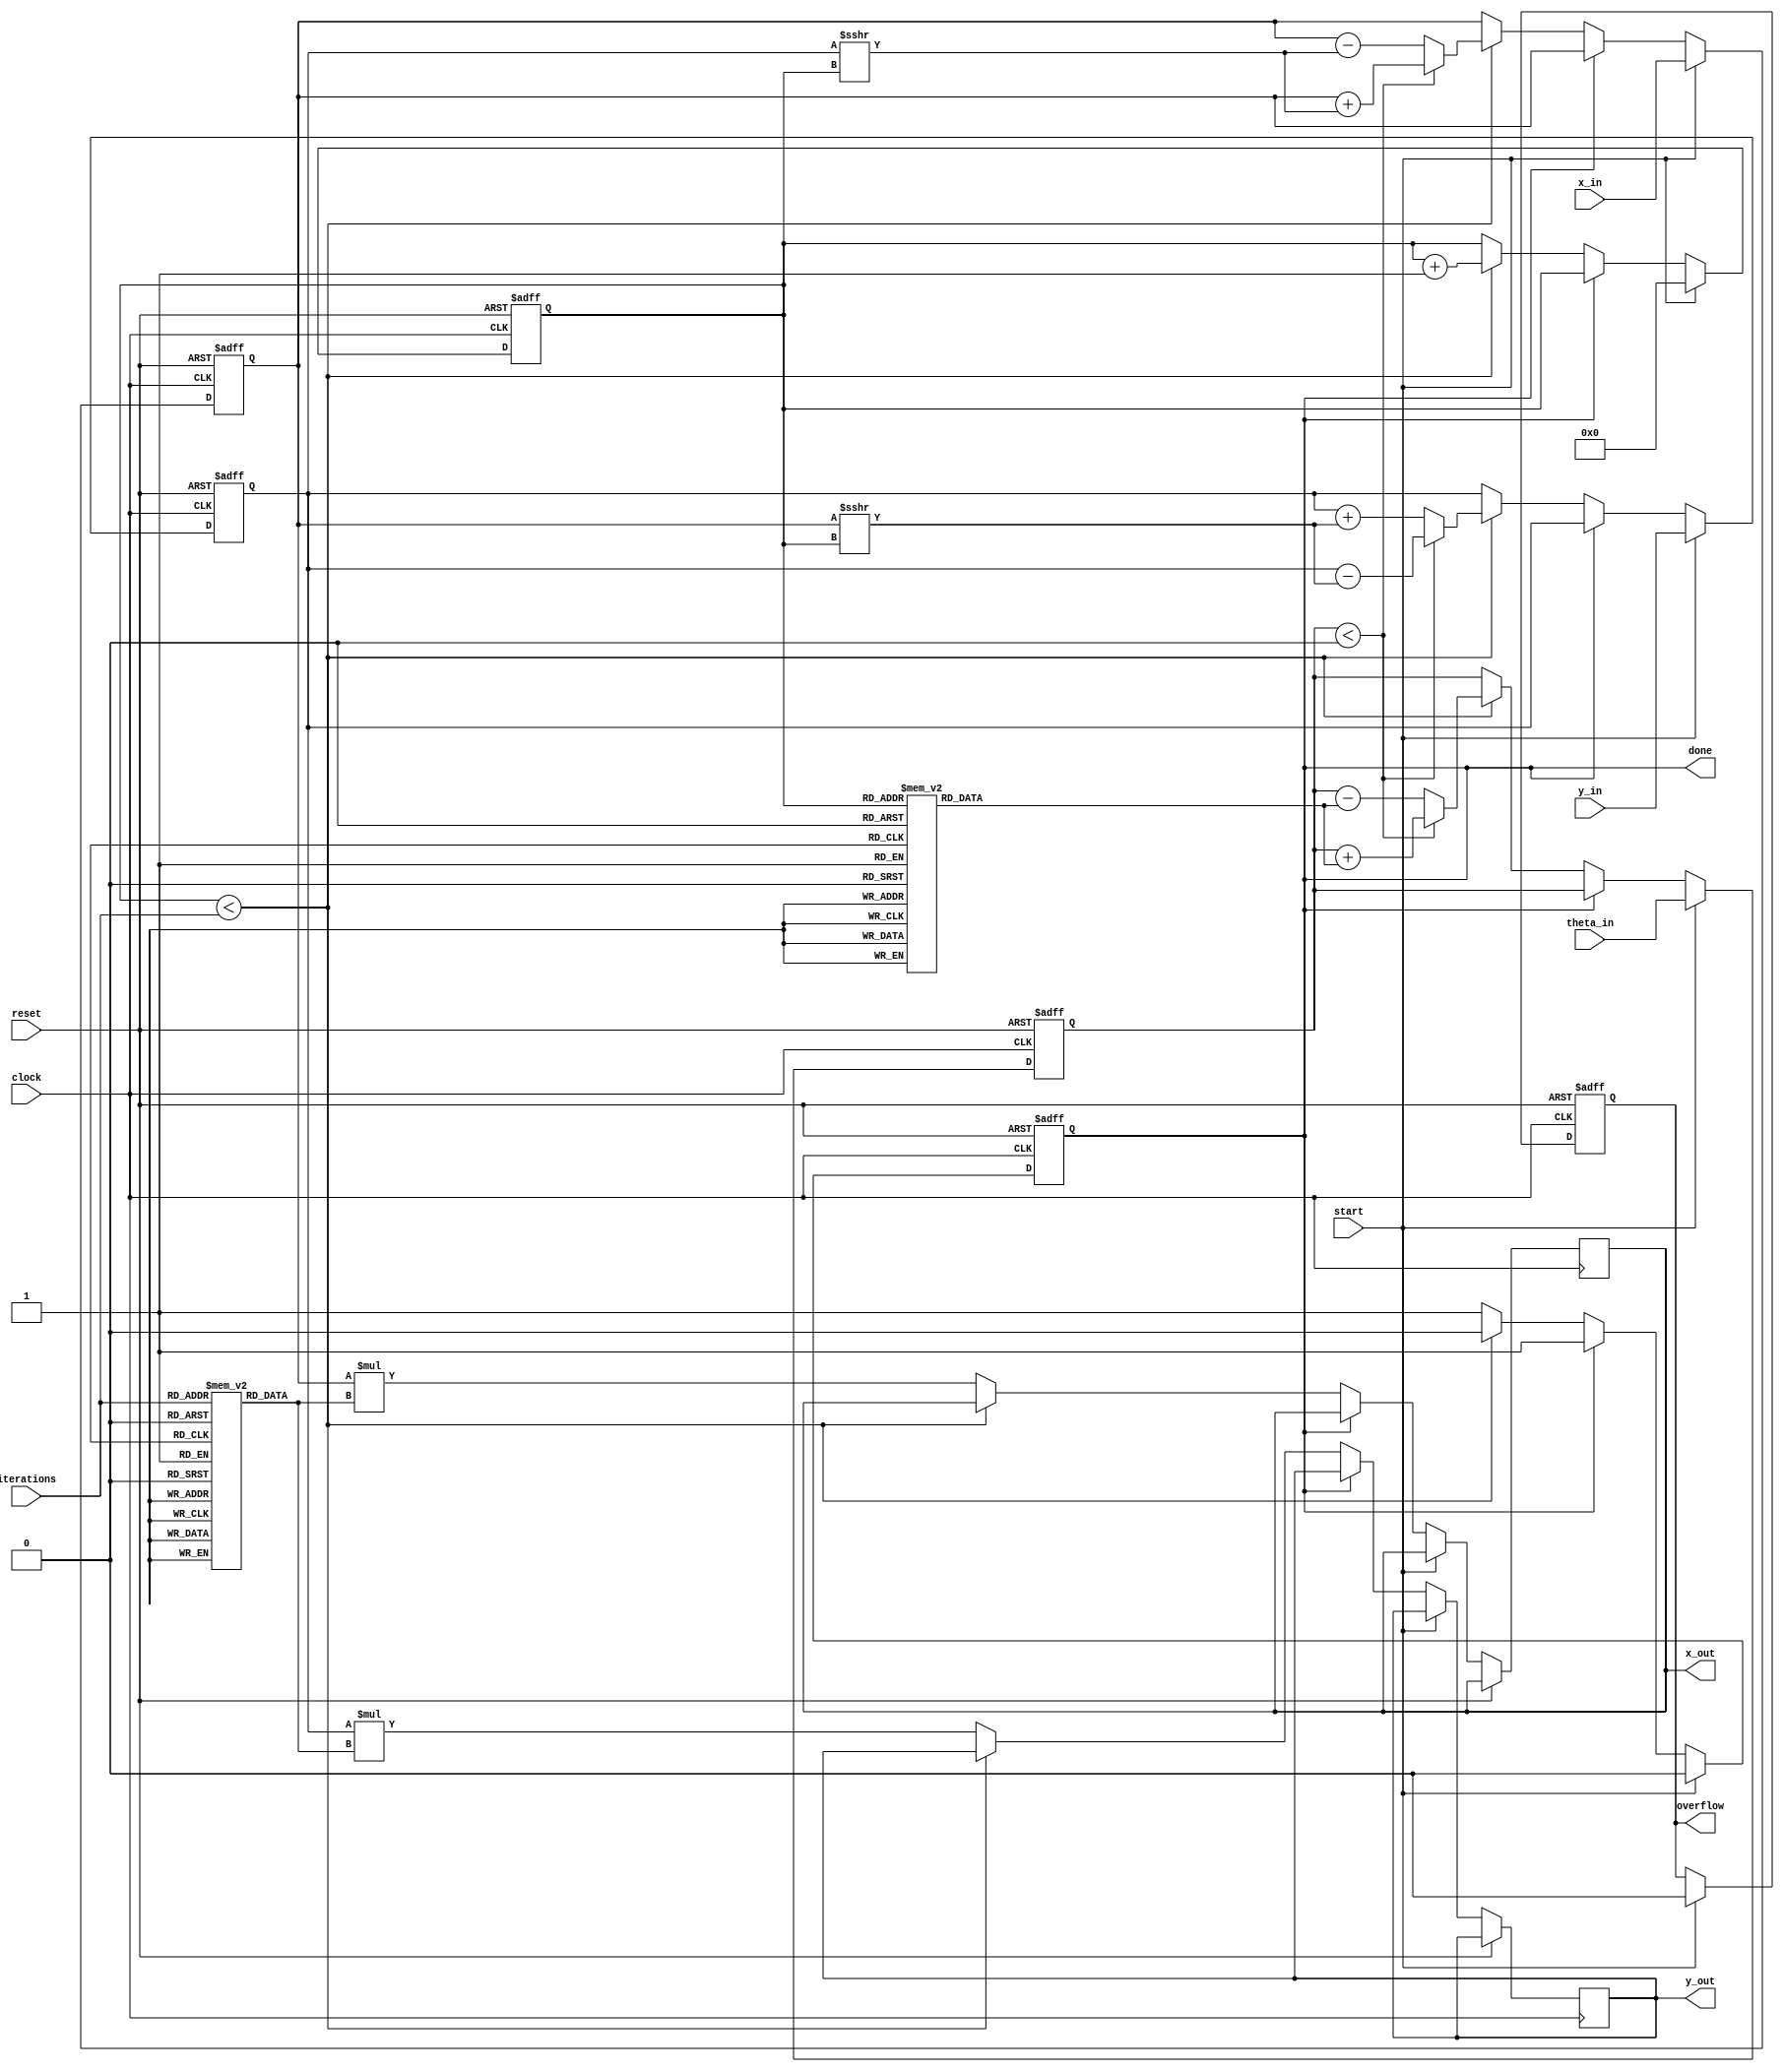
module cordic_2d (
    input clock,
    input reset,
    input [15:0] x_in,     // Input X coordinate
    input [15:0] y_in,     // Input Y coordinate
    input [15:0] theta_in, // Input angle in fixed-point representation
    input start,           // Start signal for the operation
    input [3:0] iterations, // Number of iterations
    output reg [15:0] x_out, // Output X coordinate
    output reg [15:0] y_out, // Output Y coordinate
    output reg done,        // Done signal
    output reg overflow     // Overflow flag
);

    reg [15:0] x;          // Internal X coordinate
    reg [15:0] y;          // Internal Y coordinate
    reg [15:0] theta;      // Internal angle value
    reg [3:0] count;       // Iteration counter
    reg [15:0] angle_table [0:15]; // Pre-computed angle values (for 16 iterations)
    reg [15:0] scale_factors [0:15]; // Pre-computed scaling factors

    initial begin
        // Initialize angle table (in fixed-point representation)
        angle_table[0] = 16'h0000;  // atan(2^0)
        angle_table[1] = 16'h1C71;  // atan(2^-1)
        angle_table[2] = 16'h0B5E;  // atan(2^-2)
        angle_table[3] = 16'h05A8;  // atan(2^-3)
        angle_table[4] = 16'h028F;  // atan(2^-4)
        angle_table[5] = 16'h0143;  // atan(2^-5)
        angle_table[6] = 16'h00A3;  // atan(2^-6)
        angle_table[7] = 16'h0051;  // atan(2^-7)
        angle_table[8] = 16'h0028;  // atan(2^-8)
        angle_table[9] = 16'h0014;  // atan(2^-9)
        angle_table[10] = 16'h000A; // atan(2^-10)
        angle_table[11] = 16'h0005; // atan(2^-11)
        angle_table[12] = 16'h0002; // atan(2^-12)
        angle_table[13] = 16'h0001; // atan(2^-13)
        angle_table[14] = 16'h0000; // atan(2^-14)
        angle_table[15] = 16'h0000; // atan(2^-15)

        // Initialize scaling factors
        scale_factors[0] = 16'h26DD; // Scaling factor for 16 iterations
        scale_factors[1] = 16'h1D89; // Scaling factor for 15 iterations
        scale_factors[2] = 16'h1A36; // Scaling factor for 14 iterations
        // ...initialize other scaling factors as needed
    end

    always @(posedge clock or posedge reset) begin
        if (reset) begin
            x <= 0;
            y <= 0;
            theta <= 0;
            count <= 0;
            done <= 0;
            overflow <= 0;
        end else if (start) begin
            x <= x_in;
            y <= y_in;
            theta <= theta_in;
            count <= 0;
            done <= 0;
            overflow <= 0;
        end else if (!done) begin
            if (count < iterations) begin
                // CORDIC rotation logic
                if (theta < 0) begin
                    // Rotate in the negative direction
                    x <= x + (y >>> count);
                    y <= y - (x >>> count);
                    theta <= theta + angle_table[count];
                end else begin
                    // Rotate in the positive direction
                    x <= x - (y >>> count);
                    y <= y + (x >>> count);
                    theta <= theta - angle_table[count];
                end
                count <= count + 1;
            end else begin
                // Apply scaling factor
                x_out <= x * scale_factors[iterations];
                y_out <= y * scale_factors[iterations];
                done <= 1;
            end
        end
    end
endmodule